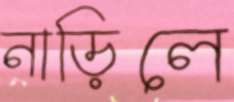
নাড়িলে